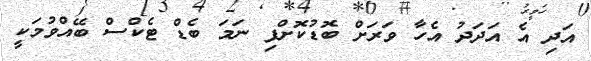
އަދި އެ އަދަދު އެހާ ވަރަށް ބޮޑުކޮށްފި ނަމަ ބެޑް ޓެކްސް ބޭއްވުމަކީ